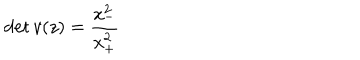
\det v ( z ) = \displaystyle { \frac { x _ { - } ^ { 2 } } { x _ { + } ^ { 2 } } }